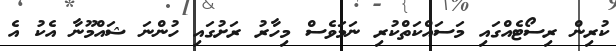
ކުރިން ރިސޯޓެއްގައި މަސައްކަތްކުރި ނަމަވެސް މިހާރު ރަށުގައި ހުންނަ ޝައްމޫނާ އެކު އެ